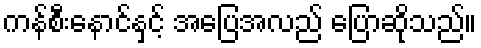
ကန်စီးနောင်နှင့် အပြေအလည် ပြောဆိုသည်။